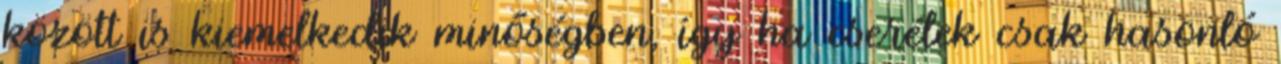
között is kiemelkedik minőségben, így ha cserélek csak hasonló